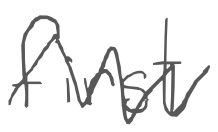
Text: first
Cross-out: zig-zag
Writing tool: digital_gray